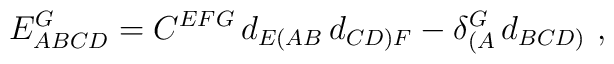
E^G_{ABCD} = C^{EFG}\, d_{E(AB}\,d_{CD)F} -  \delta^G_{(A} \,d_{BCD)}\ ,